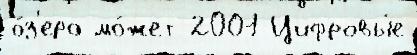
о́з'еро мо́жет 2001 Цифровы́е